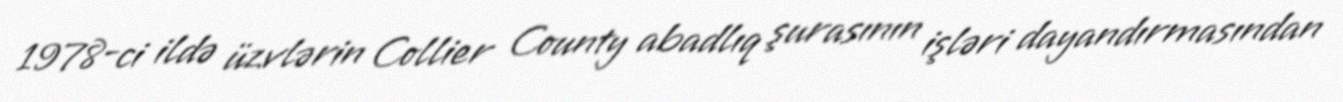
1978-ci ildə üzvlərin Collier County abadlıq şurasının işləri dayandırmasından